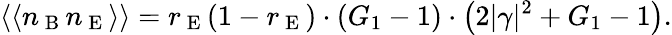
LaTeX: \left\langle\langle n_{\mathrm{~B~}}n_{\mathrm{~E~}}\right\rangle\rangle=r_{\mathrm{~E~}}(1-r_{\mathrm{~E~}})\cdot(G_{1}-1)\cdot\left(2|\gamma|^{2}+G_{1}-1\right).